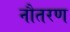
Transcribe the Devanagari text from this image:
नौतरण